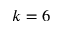
k = 6